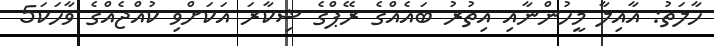
ހާލަތު: އާއިލާ މީހުންނާއި އިތުރު ބައެއްގެ ރޭޕްގެ ޝިކާރަ އަކަށްވި ކުއްޖެއްގެ ވާހަކަ5